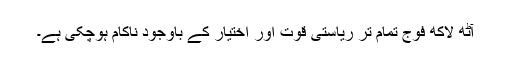
آٹھ لاکھ فوج تمام تر ریاستی قوت اور اختیار کے باوجود ناکام ہوچکی ہے۔